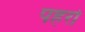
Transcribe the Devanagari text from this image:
पहरो